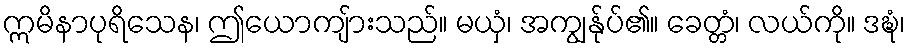
ဣမိနာပုရိသေန၊ ဤယောကျ်ားသည်။ မယှံ၊ အကျွန်ုပ်၏။ ခေတ္တံ၊ လယ်ကို။ ဒဍ္ဎံ၊